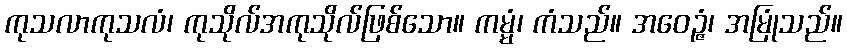
ကုသလာကုသလံ၊ ကုသိုလ်အကုသိုလ်ဖြစ်သော။ ကမ္မံ၊ ကံသည်။ အဝေဉ္ဇံ၊ အမြုံသည်။